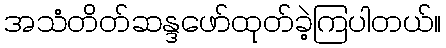
အသံတိတ်ဆန္ဒဖော်ထုတ်ခဲ့ကြပါတယ်။